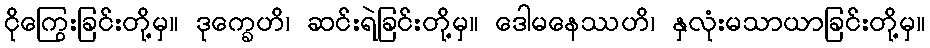
ငိုကြွေးခြင်းတို့မှ။ ဒုက္ခေဟိ၊ ဆင်းရဲခြင်းတို့မှ။ ဒေါမနေဿဟိ၊ နှလုံးမသာယာခြင်းတို့မှ။